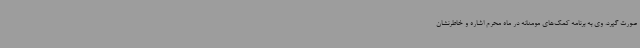
صورت گیرد. وی به برنامه کمک‌های مومنانه در ماه محرم اشاره و خاطرنشان